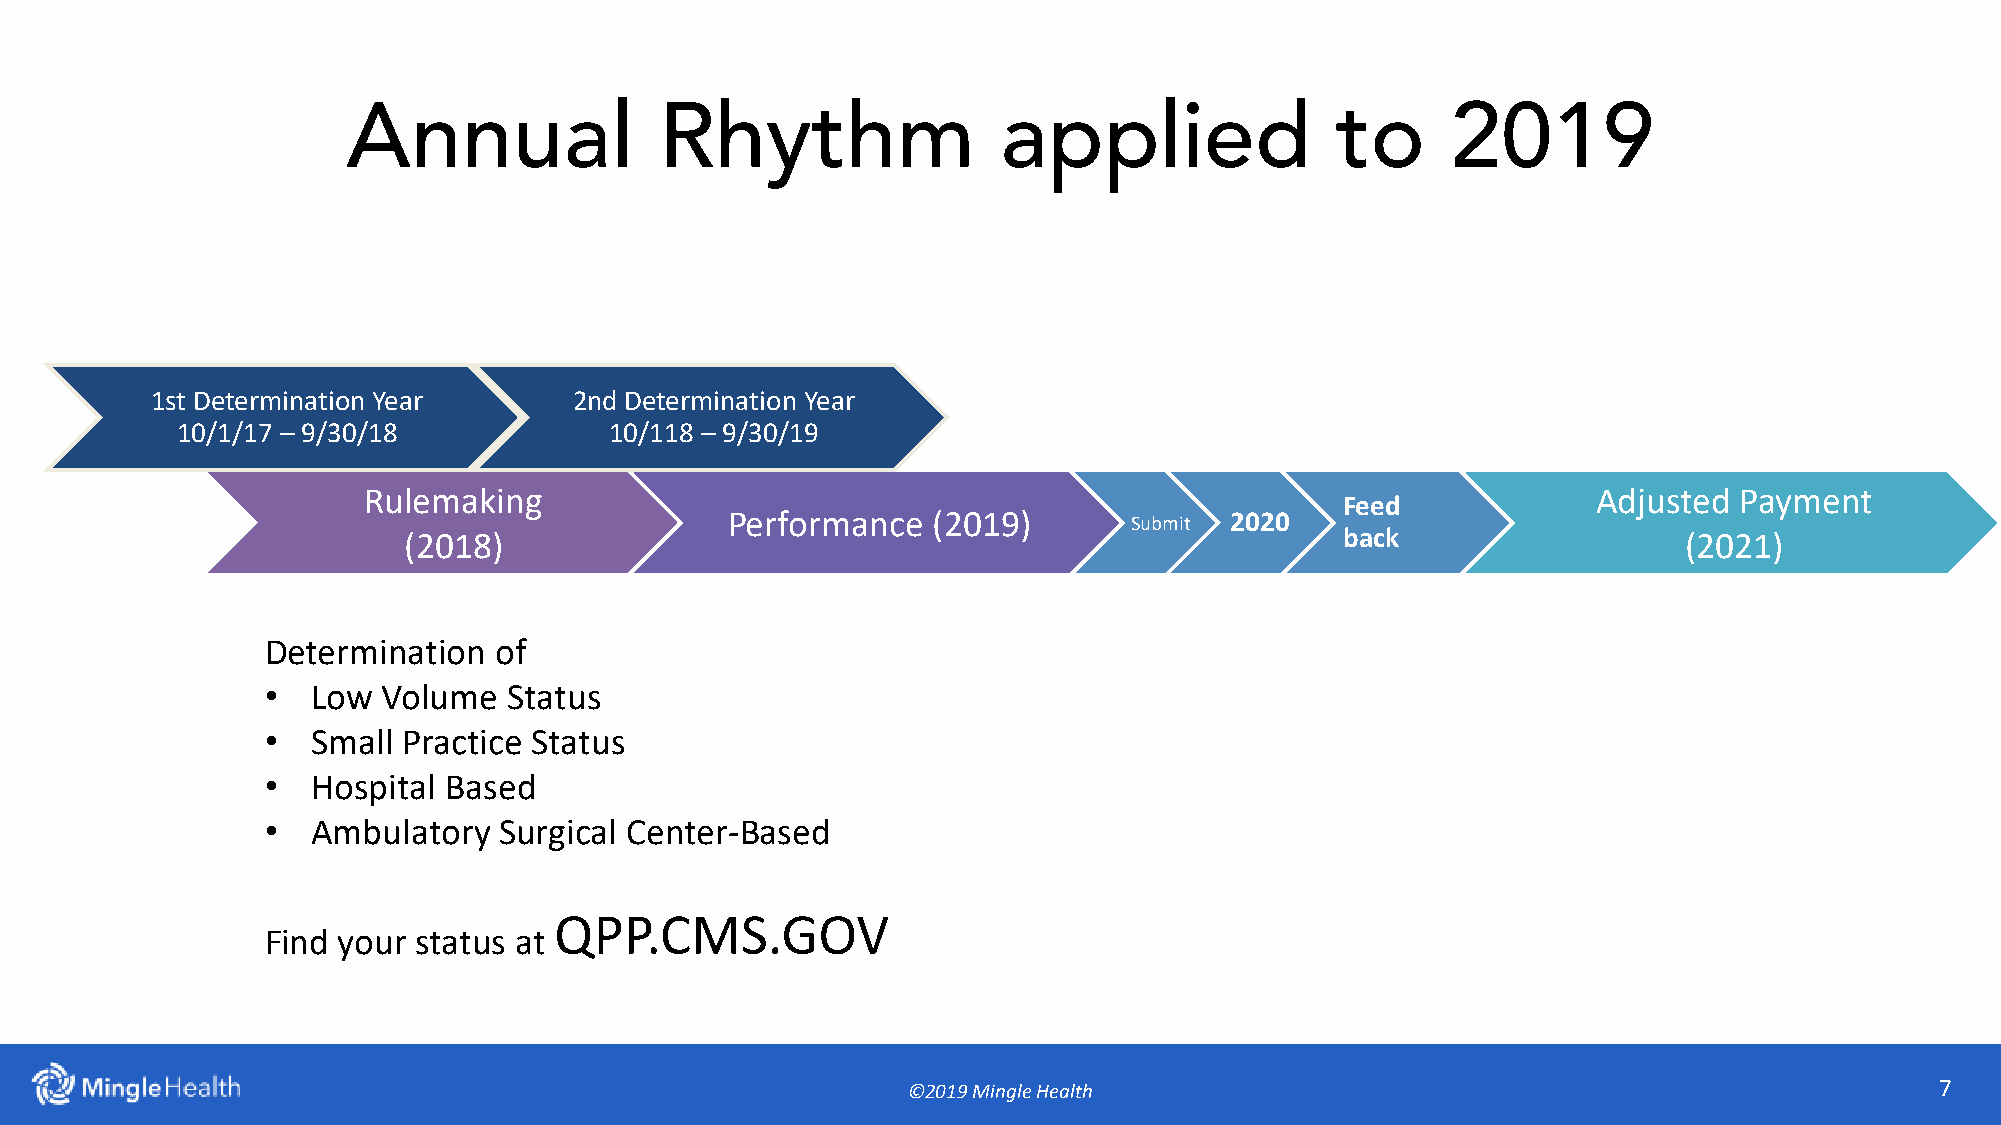
Annual               Rhythm                applied               to      2019
 1st Determination Year      2nd Determination Year
 10/1/17 – 9/30/18           10/118 – 9/30/19
 Rulemaking                                                                        Adjusted Payment
 Feed
 Performance   (2019)       Submit 2020
 (2018)                                                        back                  (2021)
 Determination  of
 •  Low Volume   Status
 •  Small Practice Status
 •  Hospital Based
 •  Ambulatory  Surgical Center-Based
 QPP.CMS.GOV
 Find your status at
 ©2019 Mingle Health                                                 7